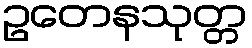
ဥတေနသုတ္တ